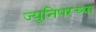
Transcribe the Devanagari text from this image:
ज्युनिपरच्या